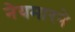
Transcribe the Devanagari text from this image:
नेयमारने